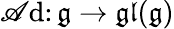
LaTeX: \operatorname{\mathscr{A}d}\colon{\mathfrak{{g}}}\to{\mathfrak{{gl}}}({\mathfrak{{g}}})